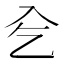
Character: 𠓟